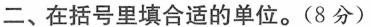
二、在括号里填合适的单位。(8分)